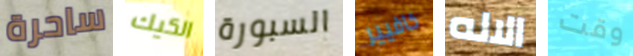
ساحرة الكيك السبورة خافيير الاله وقت